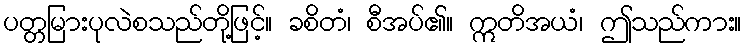
ပတ္တမြားပုလဲစသည်တို့ဖြင့်။ ခစိတံ၊ စီအပ်၏။ ဣတိအယံ၊ ဤသည်ကား။